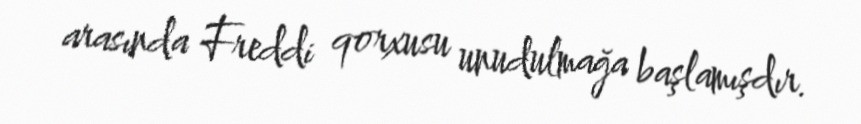
arasında Freddi qorxusu unudulmağa başlamışdır.